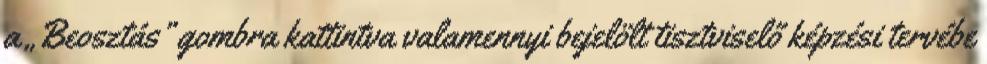
a „Beosztás” gombra kattintva valamennyi bejelölt tisztviselő képzési tervébe